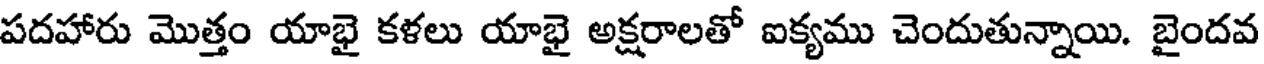
పదహారు మొత్తం యాభై కళలు యాభై అక్షరాలతో ఐక్యము చెందుతున్నాయి. బైందవ